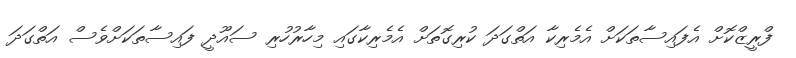
ފްރީޒްކޮށް އެފައިސާތަކަށް އެމެރިކާ އަތްގަދަ ކުރިގޮތަށް އެމެރިކާގައި މިހާރުހުރި ސައޫދީ ފައިސާތަކަށްވެސް އަތްގަދަ